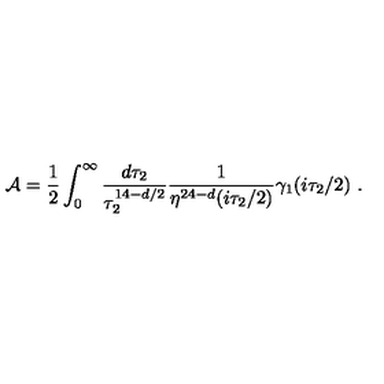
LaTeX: { \cal A } = { \frac { 1 } { 2 } } \int _ { 0 } ^ { \infty } { \frac { d \tau _ { 2 } } { \tau _ { 2 } ^ { 1 4 - d / 2 } } } { \frac { 1 } { \eta ^ { 2 4 - d } ( i \tau _ { 2 } / 2 ) } } \gamma _ { 1 } ( i \tau _ { 2 } / 2 ) \ .